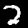
Digit: 2